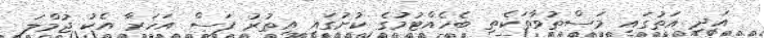
އަދި އަތުގައި މަސްތުވާތަކެތި ބެހެއްޓުމުގެ ކުށުގައި އިތުރު ފަސް އަހަރާ އެކު ޖުމްލަ